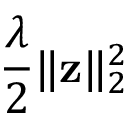
\frac { \lambda } { 2 } \| \mathbf { z } \| _ { 2 } ^ { 2 }